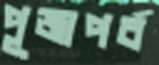
পূজাপর্ব